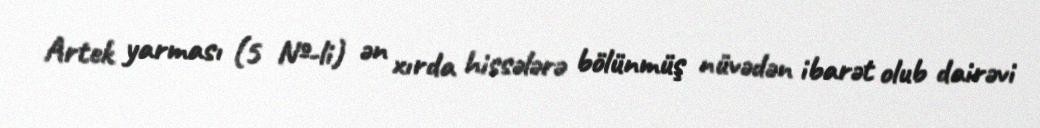
Artek yarması (5 №-li) ən xırda hissələrə bölünmüş nüvədən ibarət olub dairəvi